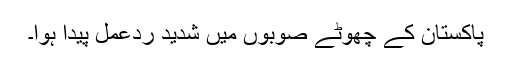
پاکستان کے چھوٹے صوبوں میں شدید ردعمل پیدا ہوا۔